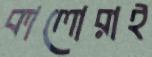
কালোরাই